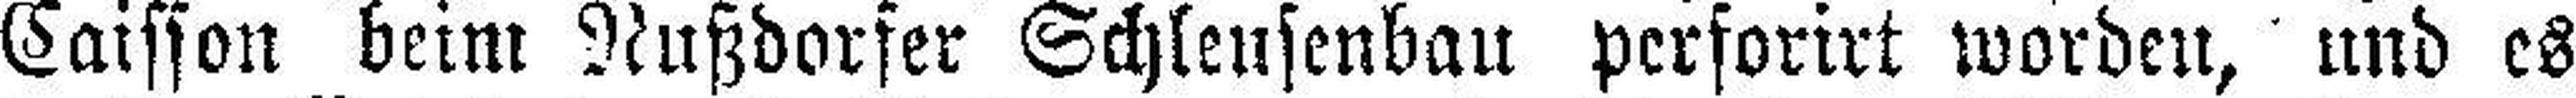
Caisson beim Nußdorfer Schleusenbau perforirt worden, und es